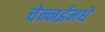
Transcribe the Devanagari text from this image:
चेन्नईमधे